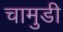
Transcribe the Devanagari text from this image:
चामुडी